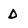
Character: D